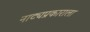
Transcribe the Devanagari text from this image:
नाट्यप्रकाराला